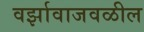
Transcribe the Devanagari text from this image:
वर्झावाजवळील